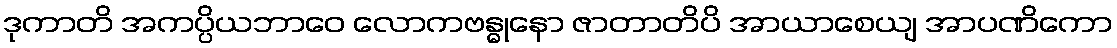
ဒုကာတိ အကပ္ပိယဘာဝေ လောကဗန္ဓုနော ဇာတာတိပိ အာယာစေယျ အာပဏိကော